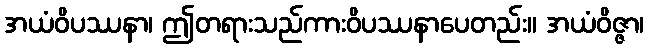
အယံဝိပဿနာ၊ ဤတရားသည်ကားဝိပဿနာပေတည်း။ အယံဝိဇ္ဇာ၊